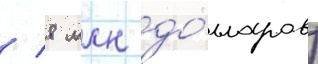
/ 8 млн до́лларов)